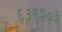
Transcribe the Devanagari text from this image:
६३९२०३